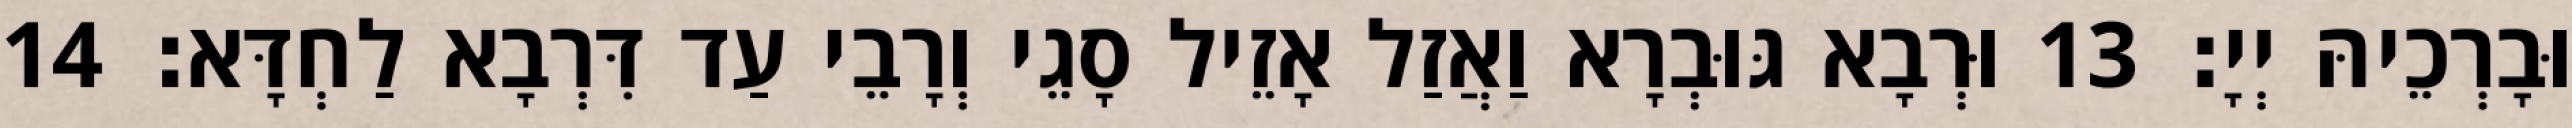
וּבָרְכֵיהּ יְיָ׃ 13 וּרְבָא גּוּבְרָא וַאֲזַל אָזֵיל סָגֵי וְרָבֵי עַד דִּרְבָא לַחְדָּא׃ 14